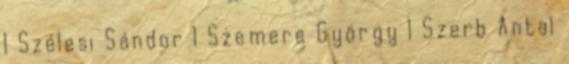
1 Szélesi Sándor 1 Szemere György 1 Szerb Antal